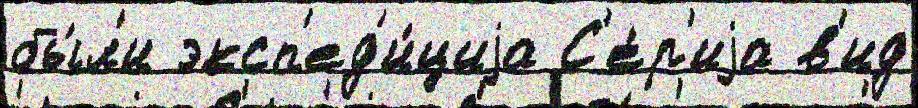
бы́л'и эксп'ед'и́циjа С'е́р'иjа в'ид